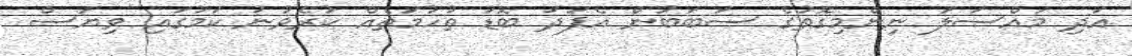
އަދި މައްސަލަ ނިންމިގޮތުގެ ސަބަބުން އެފަދަ ބޮޑު ތުހުމަތެއް ކުރެވުނު ކަމުގައި ވިޔަސް